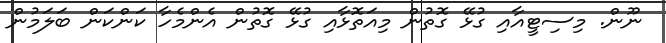
ނޫން. މިސިޓީއާއި ގުޅޭ ގޮތުން މިއަތޮޅާއި ގުޅޭ ގޮތުން އެންމެހާ ކަންކަން ބަލަމުން